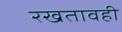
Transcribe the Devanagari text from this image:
रखतावही